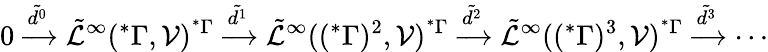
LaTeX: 0\xrightarrow{\tilde{d^{0}}}\tilde{\mathcal{L}}^{\infty}(^{*}\Gamma,\mathcal{V})^{^{*}\Gamma}\xrightarrow{\tilde{d^{1}}}\tilde{\mathcal{L}}^{\infty}((^{*}\Gamma)^{2},\mathcal{V})^{^{*}\Gamma}\xrightarrow{\tilde{d^{2}}}\tilde{\mathcal{L}}^{\infty}((^{*}\Gamma)^{3},\mathcal{V})^{^{*}\Gamma}\xrightarrow{\tilde{d^{3}}}\cdots